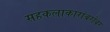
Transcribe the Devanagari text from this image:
सहकलाकारांबरोबर